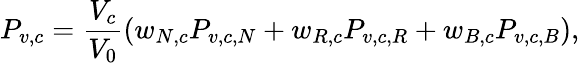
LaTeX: P_{v,c}=\frac{V_{c}}{V_{0}}(w_{N,c}P_{v,c,N}+w_{R,c}P_{v,c,R}+w_{B,c}P_{v,c,B}),